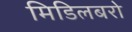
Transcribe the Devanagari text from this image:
मिडिलबरो